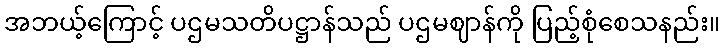
အဘယ့်ကြောင့် ပဌမသတိပဋ္ဌာန်သည် ပဌမဈာန်ကို ပြည့်စုံစေသနည်း။